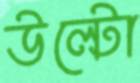
উল্টো